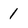
Character: 1